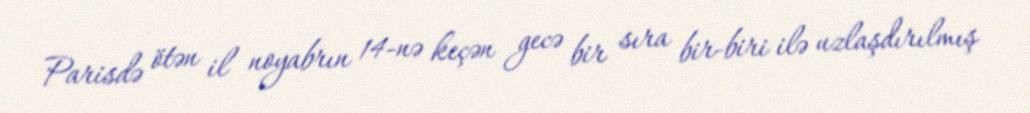
Parisdə ötən il noyabrın 14-nə keçən gecə bir sıra bir-biri ilə uzlaşdırılmış